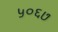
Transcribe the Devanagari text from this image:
५०६७